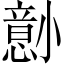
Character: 𫵋